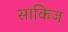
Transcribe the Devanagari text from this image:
साकिज